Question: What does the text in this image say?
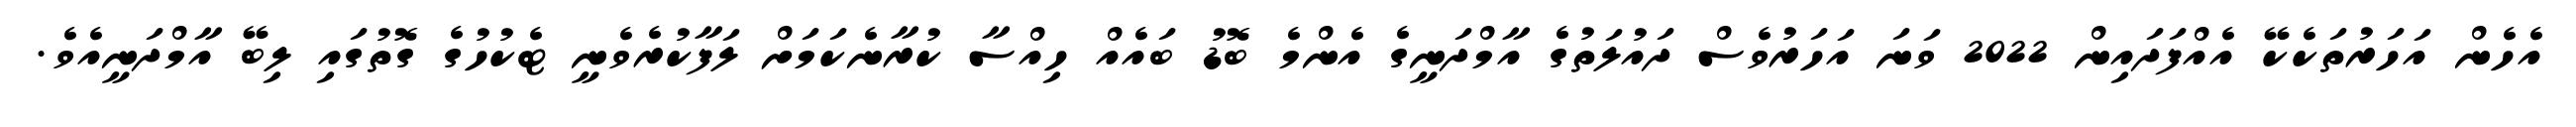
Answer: އެހެން އަހަރުތަކެކޭ އެއްފަދައިން 2022 ވަނަ އަހަރުވެސް ދައުލަތުގެ އާމްދަނީގެ އެންމެ ބޮޑު ބައެއް ހިއްސާ ކުރާނެކަމަށް ލަފާކުރެވެނީ ޓެކުހުގެ ގޮތުގައި ލިބޭ އާމްދަނީއެވެ.